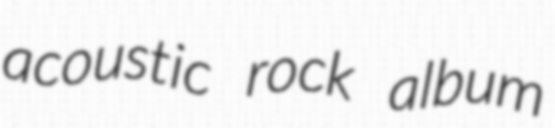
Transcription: acoustic rock album